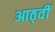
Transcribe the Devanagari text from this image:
आठ्वीं